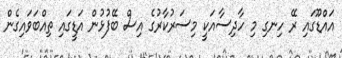
އައްޑޫގައި ރޭ ހިނގި މި ހާދިސާއަކީ މިސަރުކާރުގެ އިސް ބޭފުޅުން އަޑީގައި ތިއްބަވައިގެން